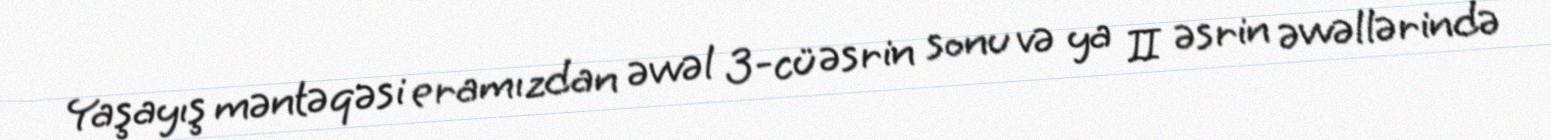
Yaşayış məntəqəsi eramızdan əvvəl 3-cü əsrin sonu və ya II əsrin əvvəllərində